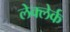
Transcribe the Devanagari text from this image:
लेक्लेर्क